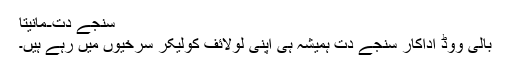
سنجے دت-مانیتا
بالی ووڈ اداکار سنجے دت ہمیشہ ہی اپنی لولائف کولیکر سرخیوں میں رہے ہیں۔